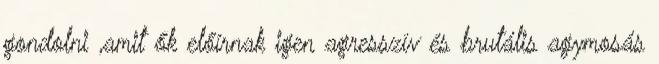
gondolni ,amit ők előírnak igen agresszív és brutális agymosás